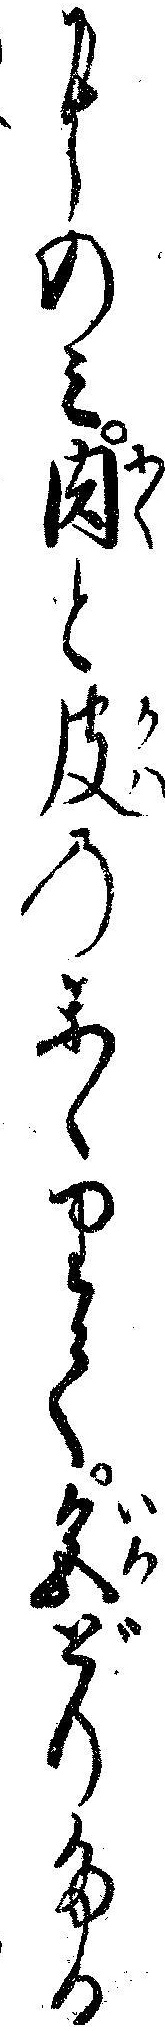
にのミ肉と皮のかゝりて色どりたる